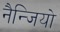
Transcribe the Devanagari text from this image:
नैन्जियो